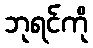
ဘုရင်ကို